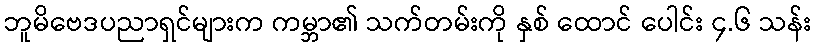
ဘူမိဗေဒပညာရှင်များက ကမ္ဘာ၏ သက်တမ်းကို နှစ် ထောင် ပေါင်း ၄.၆ သန်း